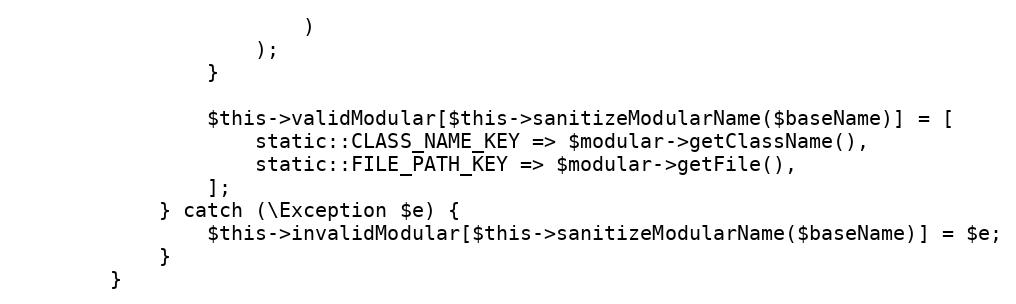
Language: PHP
                        )
                    );
                }

                $this->validModular[$this->sanitizeModularName($baseName)] = [
                    static::CLASS_NAME_KEY => $modular->getClassName(),
                    static::FILE_PATH_KEY => $modular->getFile(),
                ];
            } catch (\Exception $e) {
                $this->invalidModular[$this->sanitizeModularName($baseName)] = $e;
            }
        }